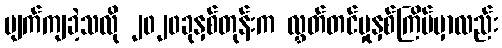
ပျက်ကျခဲ့သလို ၂၀၂၀ခုနှစ်တုန်းက လွှတ်တင်မှုနှစ်ကြိမ်မှာလည်း